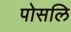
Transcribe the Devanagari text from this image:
पोसलि